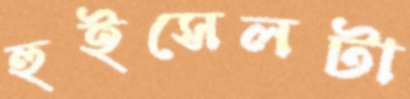
হুইসেলটা